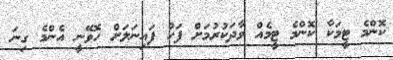
ކޮންމެ ޓީމަކާ ކޮންމެ ޓީމެއް ވާދަކުރުމަށް ފަހު ފައިނަލަށް ހޮވޭނީ އެންމެ ގިނަ